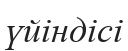
үйіндісі